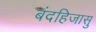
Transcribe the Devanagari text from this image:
बंदहिजासु